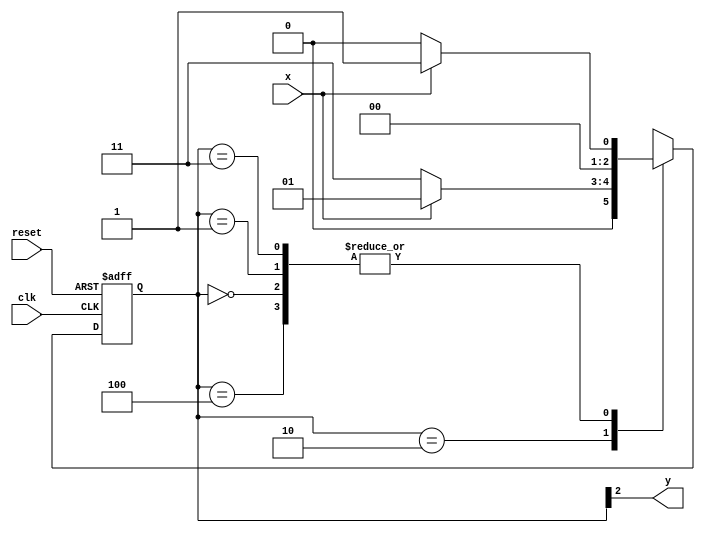
// --Nome: Thaise Souto
// --Matricula: 395504
// -------------------- 
// --- Mealy-Moore FSM 
// -------------------- 
// 
`define found    1
`define notfound 0

module  Moore ( y, x, clk, reset );
 output y;
 input  x;
 input  clk;
 input  reset;

 reg    y;

 parameter        // state identifiers
   start  = 3'b000,
   id1    = 3'b001,
   id11   = 3'b010,
   id110  = 3'b011,
   id1101 = 3'b100;  //  signal found

   reg [2:0] E1;	// current state variables
   reg [2:0] E2;	// next state logic output

// next state logic
   always @(x or E1)
    begin
     case( E1 )
      start:
        if ( x )
         E2 = id1;
        else
         E2 = start;
      id1:
        if ( x )
         E2 = id1;
        else
         E2 = start;
      id11:
        if ( x )
         E2 = id1;
        else
         E2 = id110;
      id110:
        if ( x )
         E2 = id1;
        else
         E2 = start;
      id1101:
        if ( x )
         E2 = id1;
        else
         E2 = start;
     default:   // undefined statee  
         E2 = 3'bxxx;
     endcase
    end // always at signal or state changing

// state variables
   always @( posedge clk or negedge reset )
    begin
     if ( reset )
      E1 = E2;    // updates current state
     else
      E1 = 0;     // reset
    end // always at signal changing

// output logic
   always @( E1 )
    begin
     y = E1[2];   // first bit of state value
    end // always at state changing

endmodule // Moore


module Exemplo0053; 
reg clk, reset, x; 
wire m2;
 
Moore moore1 ( m2, x, clk, reset ); 

initial 
begin 
$display ( "Guia 07 - Thaise Souto Martins - 395504" );
$display ( "Time   X   Moore" ); 

// initial values 
clk = 1; 
reset = 13; 
x = 0; 

// input signal changing 
#5 reset = 1; 
#10 x = 1; 
#10 x = 0; 
#10 x = 1; 
#10 x = 0; 
#10 x = 1; 
 
#30 $finish; 
end // initial
 
always 
#13 clk = ~clk; 

always @( posedge clk ) 
begin 
$display ( "%4d %4b %4b ", $time, x, m2); 
end // always at positive edge clocking changing 
endmodule // Exemplo0053